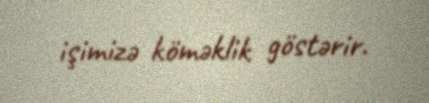
işimizə köməklik göstərir.